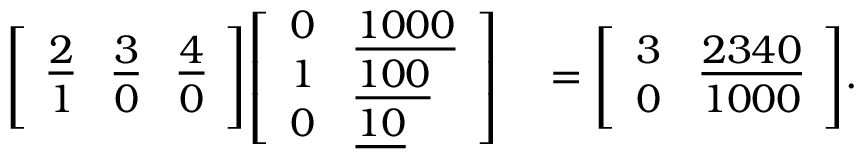
\begin{array} { r l } { { \left[ \begin{array} { l l l } { { \underline { { 2 } } } } & { { \underline { { 3 } } } } & { { \underline { { 4 } } } } \\ { 1 } & { 0 } & { 0 } \end{array} \right] } { \left[ \begin{array} { l l } { 0 } & { { \underline { { 1 0 0 0 } } } } \\ { 1 } & { { \underline { { 1 0 0 } } } } \\ { 0 } & { { \underline { { 1 0 } } } } \end{array} \right] } } & { { } = { \left[ \begin{array} { l l } { 3 } & { { \underline { { 2 3 4 0 } } } } \\ { 0 } & { 1 0 0 0 } \end{array} \right] } . } \end{array}